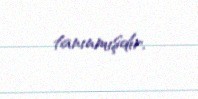
tanınmışdır.